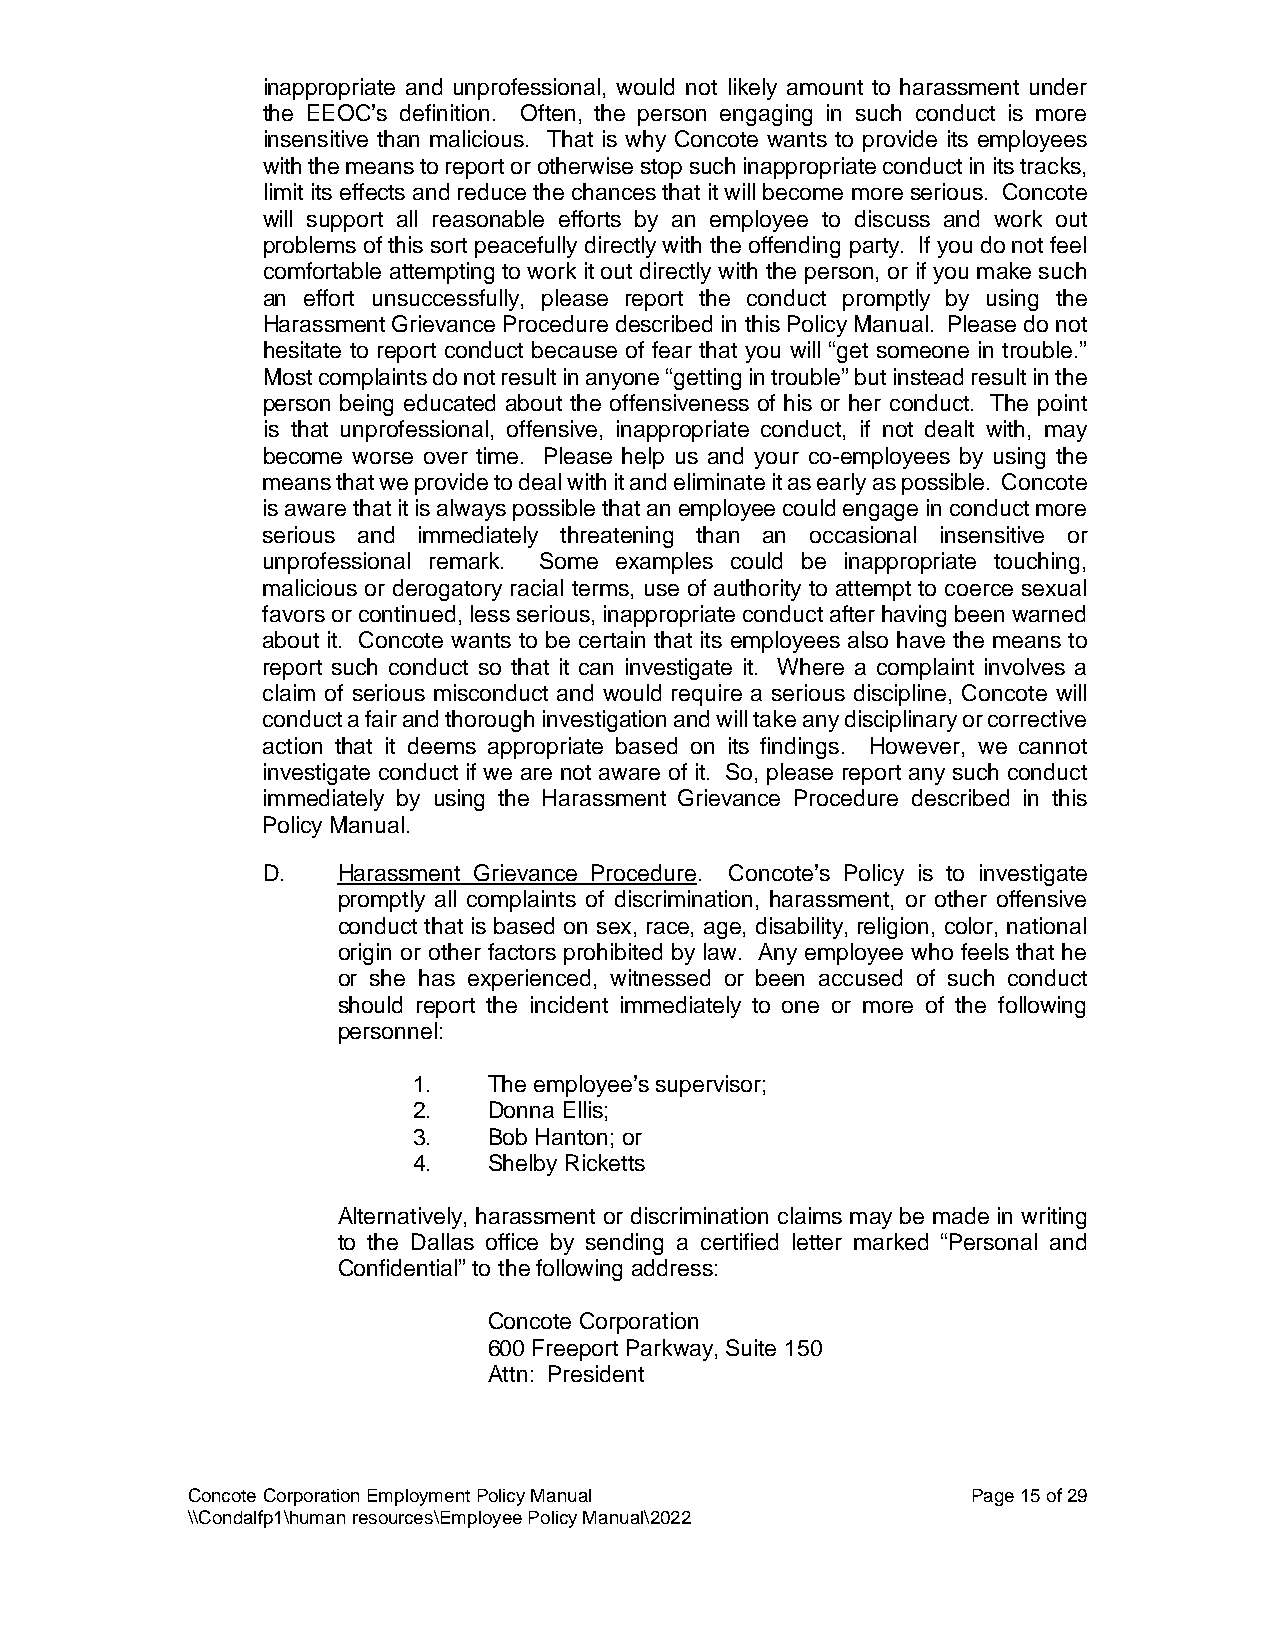
inappropriate and unprofessional, would not likely amount to harassment under
 the EEOC’s definition. Often, the person engaging in such conduct is more
 insensitive than malicious. That is why Concote wants to provide its employees
 with the means to report or otherwise stop such inappropriate conduct in its tracks,
 limit its effects and reduce the chances that it will become more serious. Concote
 will support all reasonable efforts by an employee to discuss and work out
 problems of this sort peacefully directly with the offending party. If you do not feel
 comfortable attempting to work it out directly with the person, or if you make such
 an effort unsuccessfully, please report the conduct promptly by using the
 Harassment Grievance Procedure described in this Policy Manual. Please do not
 hesitate to report conduct because of fear that you will “get someone in trouble.”
 Most complaints do not result in anyone “getting in trouble” but instead result in the
 person being educated about the offensiveness of his or her conduct. The point
 is that unprofessional, offensive, inappropriate conduct, if not dealt with, may
 become worse over time. Please help us and your co-employees by using the
 means that we provide to deal with it and eliminate it as early as possible. Concote
 is aware that it is always possible that an employee could engage in conduct more
 serious and immediately threatening than an occasional insensitive or
 unprofessional remark. Some examples could be inappropriate touching,
 malicious or derogatory racial terms, use of authority to attempt to coerce sexual
 favors or continued, less serious, inappropriate conduct after having been warned
 about it. Concote wants to be certain that its employees also have the means to
 report such conduct so that it can investigate it. Where a complaint involves a
 claim of serious misconduct and would require a serious discipline, Concote will
 conduct a fair and thorough investigation and will take any disciplinary or corrective
 action that it deems appropriate based on its findings. However, we cannot
 investigate conduct if we are not aware of it. So, please report any such conduct
 immediately by using the Harassment Grievance Procedure described in this
 Policy Manual.
 D.   Harassment Grievance Procedure. Concote’s Policy is to investigate
 promptly all complaints of discrimination, harassment, or other offensive
 conduct that is based on sex, race, age, disability, religion, color, national
 origin or other factors prohibited by law. Any employee who feels that he
 or she has experienced, witnessed or been accused of such conduct
 should report the incident immediately to one or more of the following
 personnel:
 1.   The employee’s supervisor;
 2.   Donna Ellis;
 3.   Bob Hanton; or
 4.   Shelby Ricketts
 Alternatively, harassment or discrimination claims may be made in writing
 to the Dallas office by sending a certified letter marked “Personal and
 Confidential” to the following address:
 Concote Corporation
 600 Freeport Parkway, Suite 150
 Attn: President
 Concote Corporation Employment Policy Manual        Page 15 of 29
 \\Condalfp1\human resources\Employee Policy Manual\2022